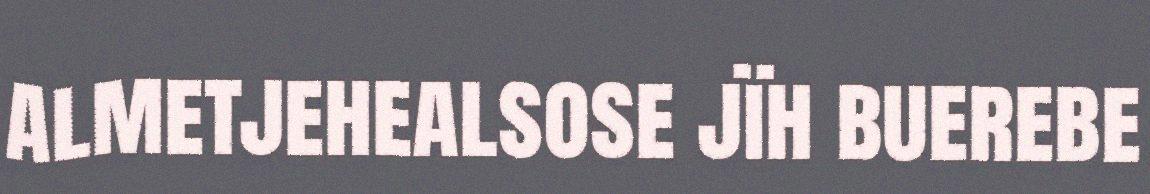
almetjehealsose jïh buerebe